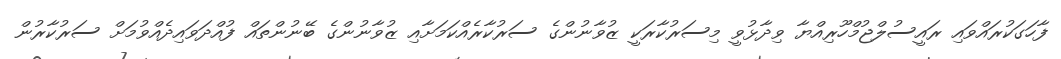
ފާހަގަކުރައްވައި ރައީސުލްޖުމްހޫރިއްޔާ ވިދާޅުވީ މިސަރުކާރަކީ ޒުވާނުންގެ ސަރުކާރެއްކަމަށާއި ޒުވާނުންގެ ބޭނުންތައް ފުއްދަވައިދެއްވުމަށް ސަރުކާރުން